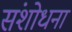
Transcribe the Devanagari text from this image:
संशोधना